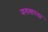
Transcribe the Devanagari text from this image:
मलबारला